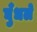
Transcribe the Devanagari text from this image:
घुँधले